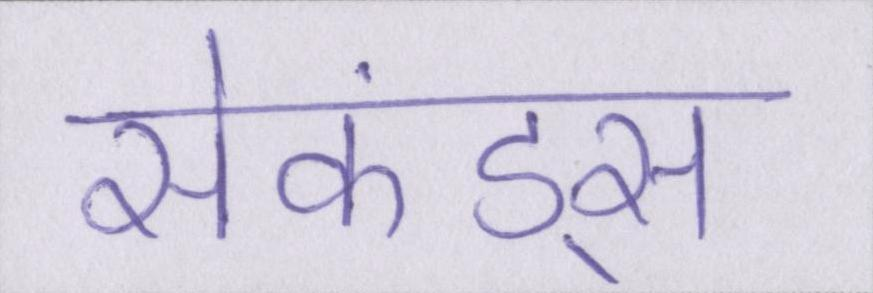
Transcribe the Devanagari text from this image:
सेकंड्स